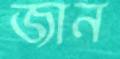
জান